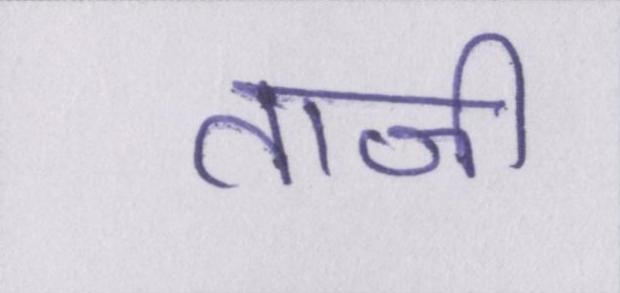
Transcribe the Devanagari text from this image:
ताजी